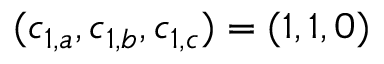
( c _ { 1 , a } , c _ { 1 , b } , c _ { 1 , c } ) = ( 1 , 1 , 0 )